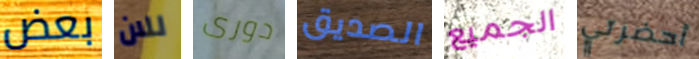
بعض للان دورى الصديق الجميع أحضرتي